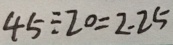
4 5 \div 2 0 = 2 . 2 5